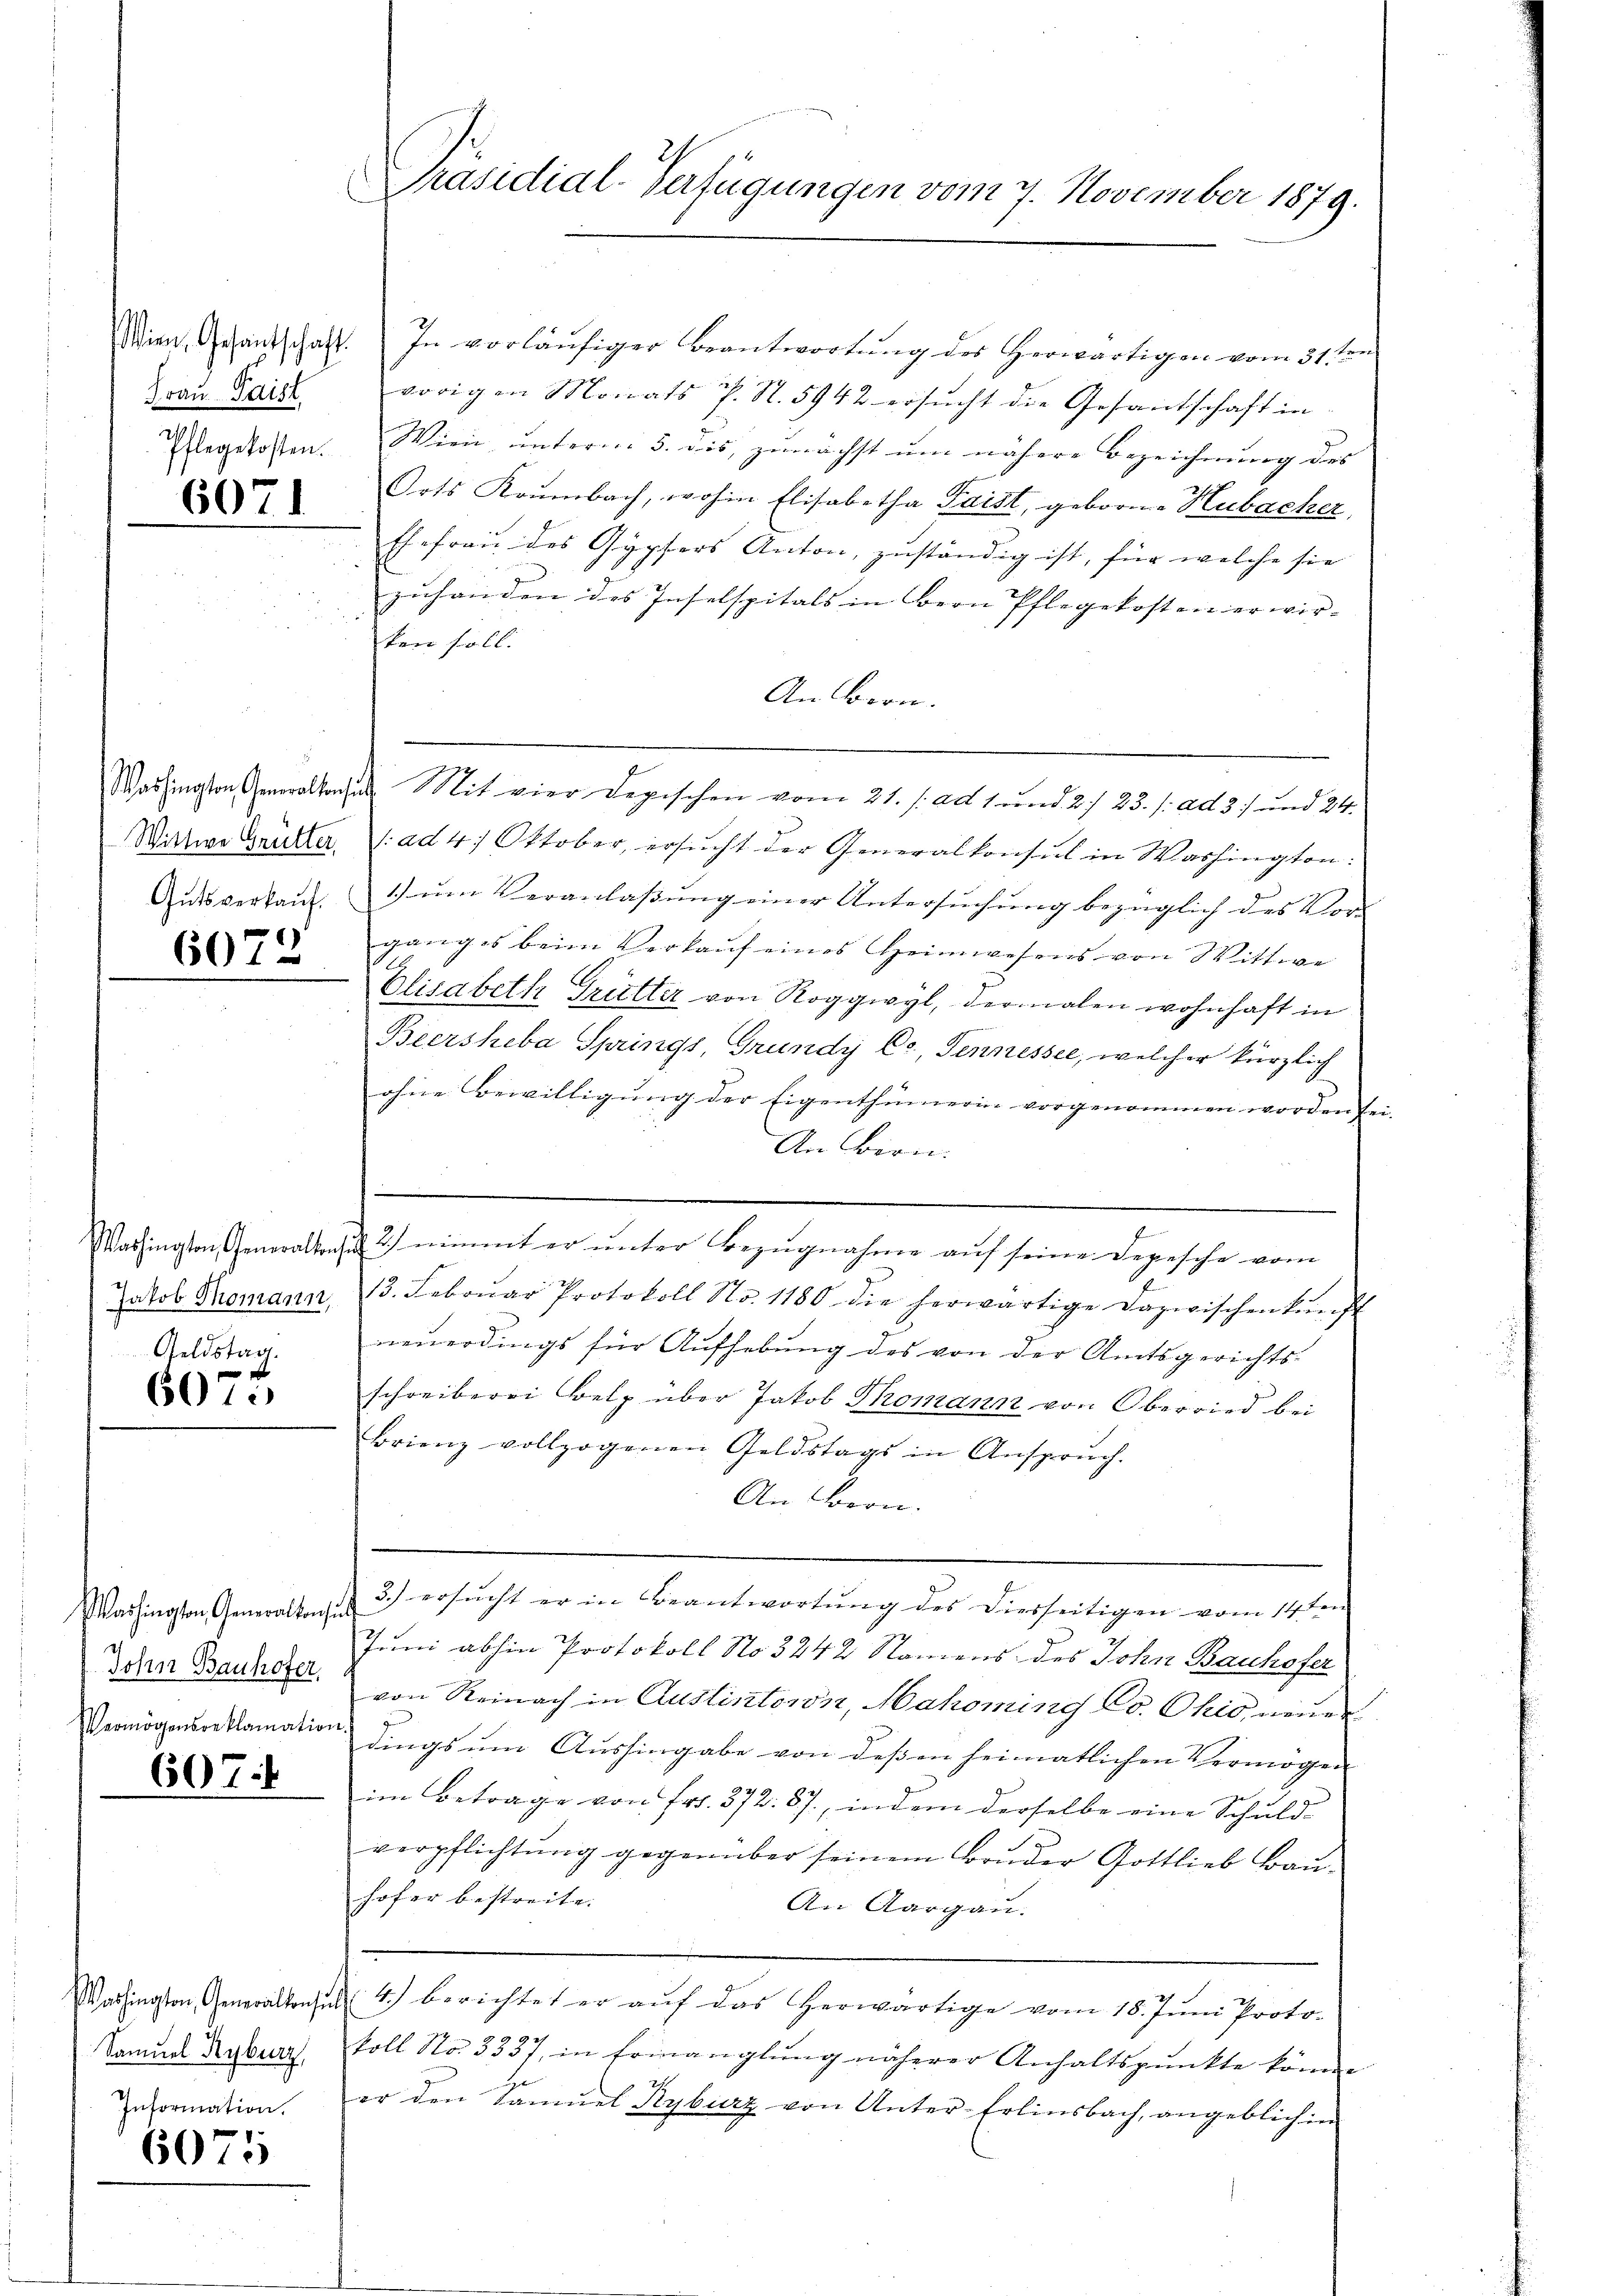
Frau Paisl.

6071

6072

Geldstag.

6075

Washington, Generalkons
John Bauhofer,
Vermögensreklamation

607.

Washington, Generalkonsu
Samuel Kyburg,
Information.

6075

Wien, Gesandtschaft. In vorläŭfiger Beantwortŭng der Herwärtigen vom 31. ten
vorigen Monats P. N. 5942 ersŭcht die Gesantschaft in
egstoßen. Wien unterm 5. dis, zunächst um nähere Bezeichnung des
Orts Krumbach, wohin Elisabetha Saist, geborne Hubacher,
Ehefrau des Gypfers Anton, zuständig ist, für welche sie
zuhanden des Inselspitals in Bern Pflegekosten erwir- |
ken soll.
An Bern.
Washingtonalsache Mit vier Depischen vom 21. /: ad 1. und 2/ 23./. ad 37 und 24.
Wittwe Grütter, (ad 4. Oktober, ersŭcht der Generalkonsul in Washington:
Gŭtsverkaŭf ŭm Veranlaßung einer Untersuchung bezüglich des Vor-
ganges beim Verkaŭf eines Heimwesens von Wittwe
Elisabeth Grütter von Roggwyl, dermalen wohnhaft in
Beersheba Springs, Grundy C., Sennessee, welcher kürzlich
ohne Bewilligung der Eigenthümerin vorgenommen worden sei.
An Firn.
e
.
Washington Generalten, 2) nimmt er unter Bezugnahme auf seine Depesche vom
Jakob Tromann, 13. Febrŭar Protokoll No. 1180 die herwärtige Dazwischenkunft
neuerdings für Aufhebung des von der Amtsgerichts-
schreiberei Belp über Jakob Thomann von Oberried bei
brienz vollzogenen Geldstags in Ansprŭch.
An Bern.
3.) ersucht er in Beantwortung des Diesseitigen vom 14ten
lub
Juni abhin Protokoll No 3242 Namens des John Bauhofer
von Reinach in Auslintoron, Mahoming Co. Ohio, neuer
d
dings um Aushingabe von dessen heimatlichen Vermögen
im Betrage von Fr. 372. 87, indem derselbe eine Schuld-
verpflichtŭng gegenüber seinem Brŭder Gottlieb Baŭ-
hofer bestreite. |
An Aargau.
t
4.) berichtet er aŭf das herwärtige vom 18. Jŭni Proto-
koll No. 3337, in Ermanglung näherer Anhaltspunkte könne
er den Samuel Kyburz von Unter-Erlinsbach, angeblich in

Präsidial-Verfügungen vom 7. November 1879.